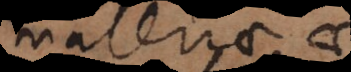
materiae